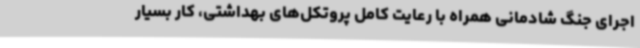
اجرای جنگ‌ شادمانی همراه با رعایت کامل پروتکل‌های بهداشتی، کار بسیار